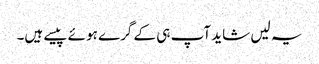
یہ لیں شاید آپ ہی کے گرے ہوئے پیسے ہیں۔